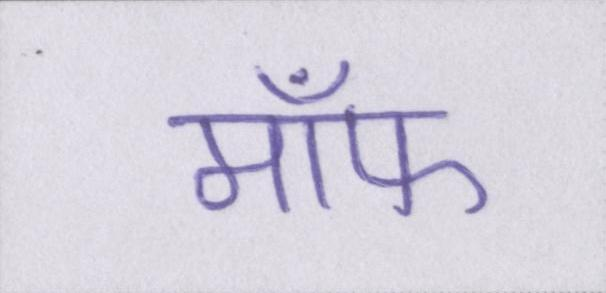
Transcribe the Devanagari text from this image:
मॉफ